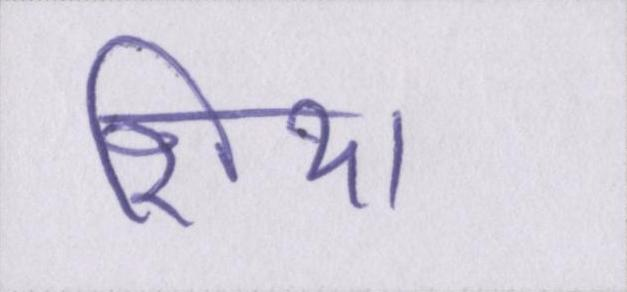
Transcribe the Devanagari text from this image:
शिया